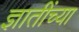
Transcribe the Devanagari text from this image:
ज्ञातींच्या